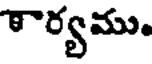
ార్యము.